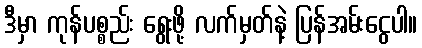
ဒီမှာ ကုန်ပစ္စည်း ရွေးဖို့ လက်မှတ်နဲ့ ပြန်အမ်းငွေပါ။